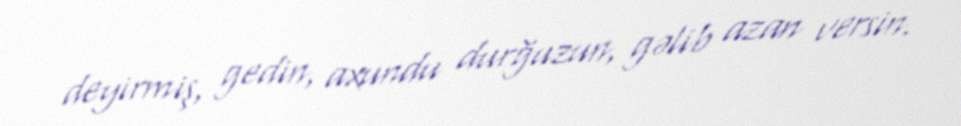
deyirmiş, gedin, axundu durğuzun, gəlib azan versin.